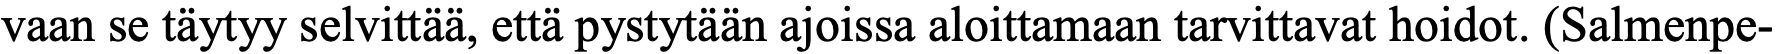
vaan se täytyy selvittää, että pystytään ajoissa aloittamaan tarvittavat hoidot. (Salmenpe-